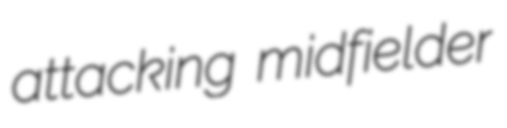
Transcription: attacking midfielder